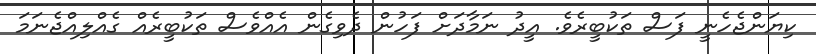
ކިޔަންޖެހެނީ ފަސް ތަކުބީރެވެ. އީދު ނަމާދަށް ފަހުން ދެވިގެން އެއްވެސް ތަކުބީރެއް ގެއްލިއްޖެނަމަ